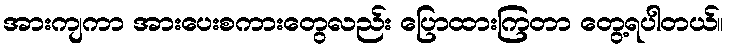
အားကျကာ အားပေးစကားတွေလည်း ပြောထားကြတာ တွေ့ရပါတယ်။